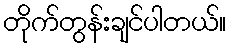
တိုက်တွန်းချင်ပါတယ်။